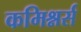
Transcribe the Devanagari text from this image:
कमिश्नर्स